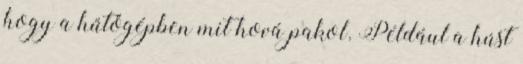
hogy a hűtőgépben mit hová pakol. Például a húst